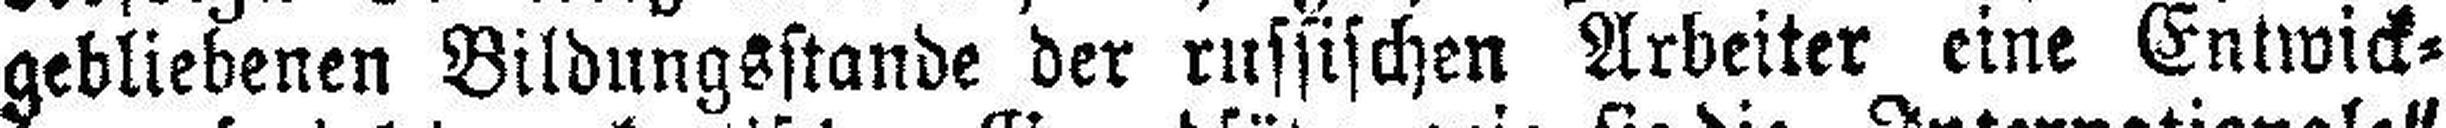
gebliebenen Bildungsstande der russischen Arbeiter eine Entwick¬